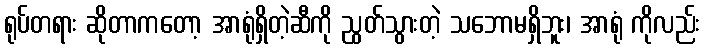
ရုပ်တရား ဆိုတာကတော့ အာရုံရှိတဲ့ဆီကို ညွတ်သွားတဲ့ သဘောမရှိဘူး၊ အာရုံ ကိုလည်း